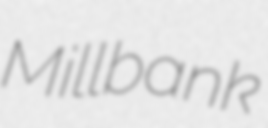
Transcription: Millbank